Plague in India, 1896, 1897 - Volume 3
Year: 1896
Disease focus: Plague
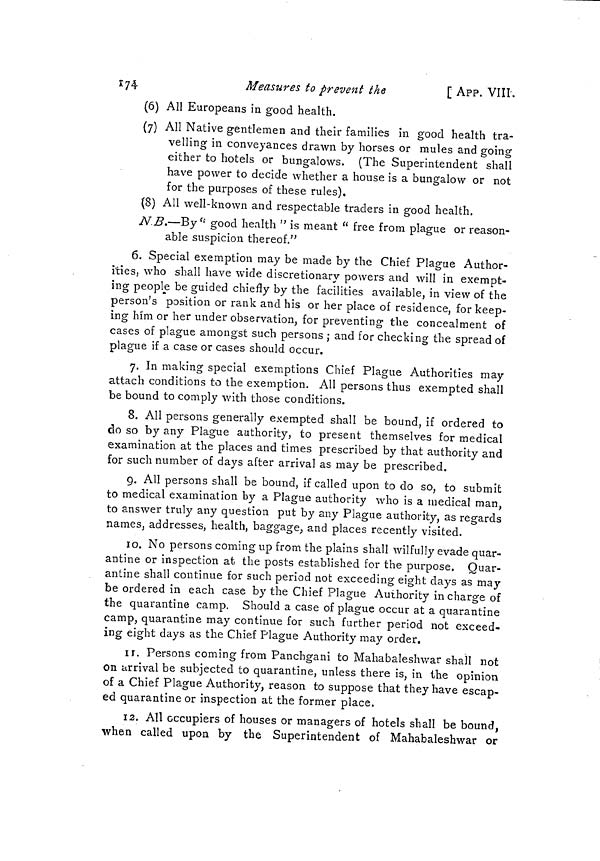
174
Measures to prevent the
[ APP. VIII.
(6) All Europeans in good health.
(7) All Native gentlemen and their families in good health tra-
velling in conveyances drawn by horses or mules and going
either to hotels or bungalows. (The Superintendent shall
have power to decide whether a house is a bungalow or not
for the purposes of these rules).
(8) All well-known and respectable traders in good health.
N B.—By "good health " is meant " free from plague or reason-
able suspicion thereof."
6. Special exemption may be made by the Chief Plague Author-
ities, who shall have wide discretionary powers and will in exempt-
ing people be guided chiefly by the facilities available, in view of the
person's position or rank and his or her place of residence, for keep-
ing him or her under observation, for preventing the concealment of
cases of plague amongst such persons ; and for checking the spread of
plague if a case or cases should occur.
7. In making special exemptions Chief Plague Authorities may
attach conditions to the exemption. All persons thus exempted shall
be bound to comply with those conditions.
8. All persons generally exempted shall be bound, if ordered to
do so by any Plague authority, to present themselves for medical
examination at the places and times prescribed by that authority and
for such number of days after arrival as may be prescribed.
9. All persons shall be bound, if called upon to do so, to submit
to medical examination by a Plague authority who is a medical man,
to answer truly any question put by any Plague authority, as regards
names, addresses, health, baggage, and places recently visited.
10. No persons coming up from the plains shall wilfully evade quar-
antine or inspection at the posts established for the purpose. Quar-
antine shall continue for such period not exceeding eight days as may
be ordered in each case by the Chief Plague Authority in charge of
the quarantine camp. Should a case of plague occur at a quarantine
camp, quarantine may continue for such further period not exceed-
ing eight days as the Chief Plague Authority may order.
11. Persons coming from Panchgani to Mahabaleshwar shall not
On arrival be subjected to quarantine, unless there is, in the opinion,
of a Chief Plague Authority, reason to suppose that they have escap-
ed quarantine or inspection at the former place.
12. All occupiers of houses or managers of hotels shall be bound,
when called upon by the Superintendent of Mahabaleshwar or